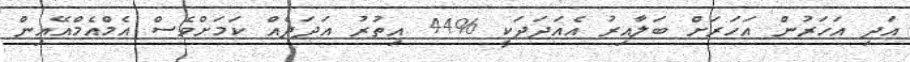
އަދި އަހަރުން އަހަރަށް ބަލާއިރު އެއަދަދަކީ %44 އިތުރު އަދަދެއް ކަމަށްވެސް އެމްއެމްއޭއިން